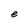
Character: e